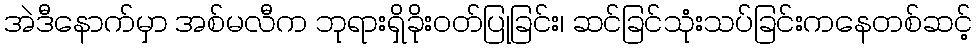
အဲဒီနောက်မှာ အစ်မလီက ဘုရားရှိခိုးဝတ်ပြုခြင်း၊ ဆင်ခြင်သုံးသပ်ခြင်းကနေတစ်ဆင့်